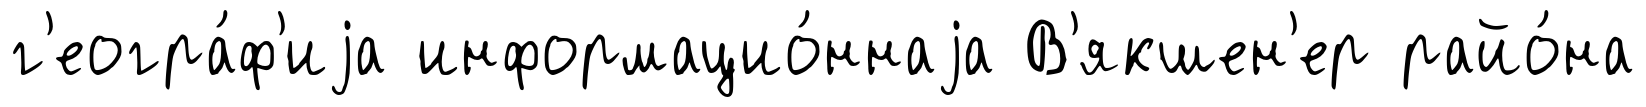
г'еогра́ф'иjа информацио́ннаjа В'якшен'ер райо́на